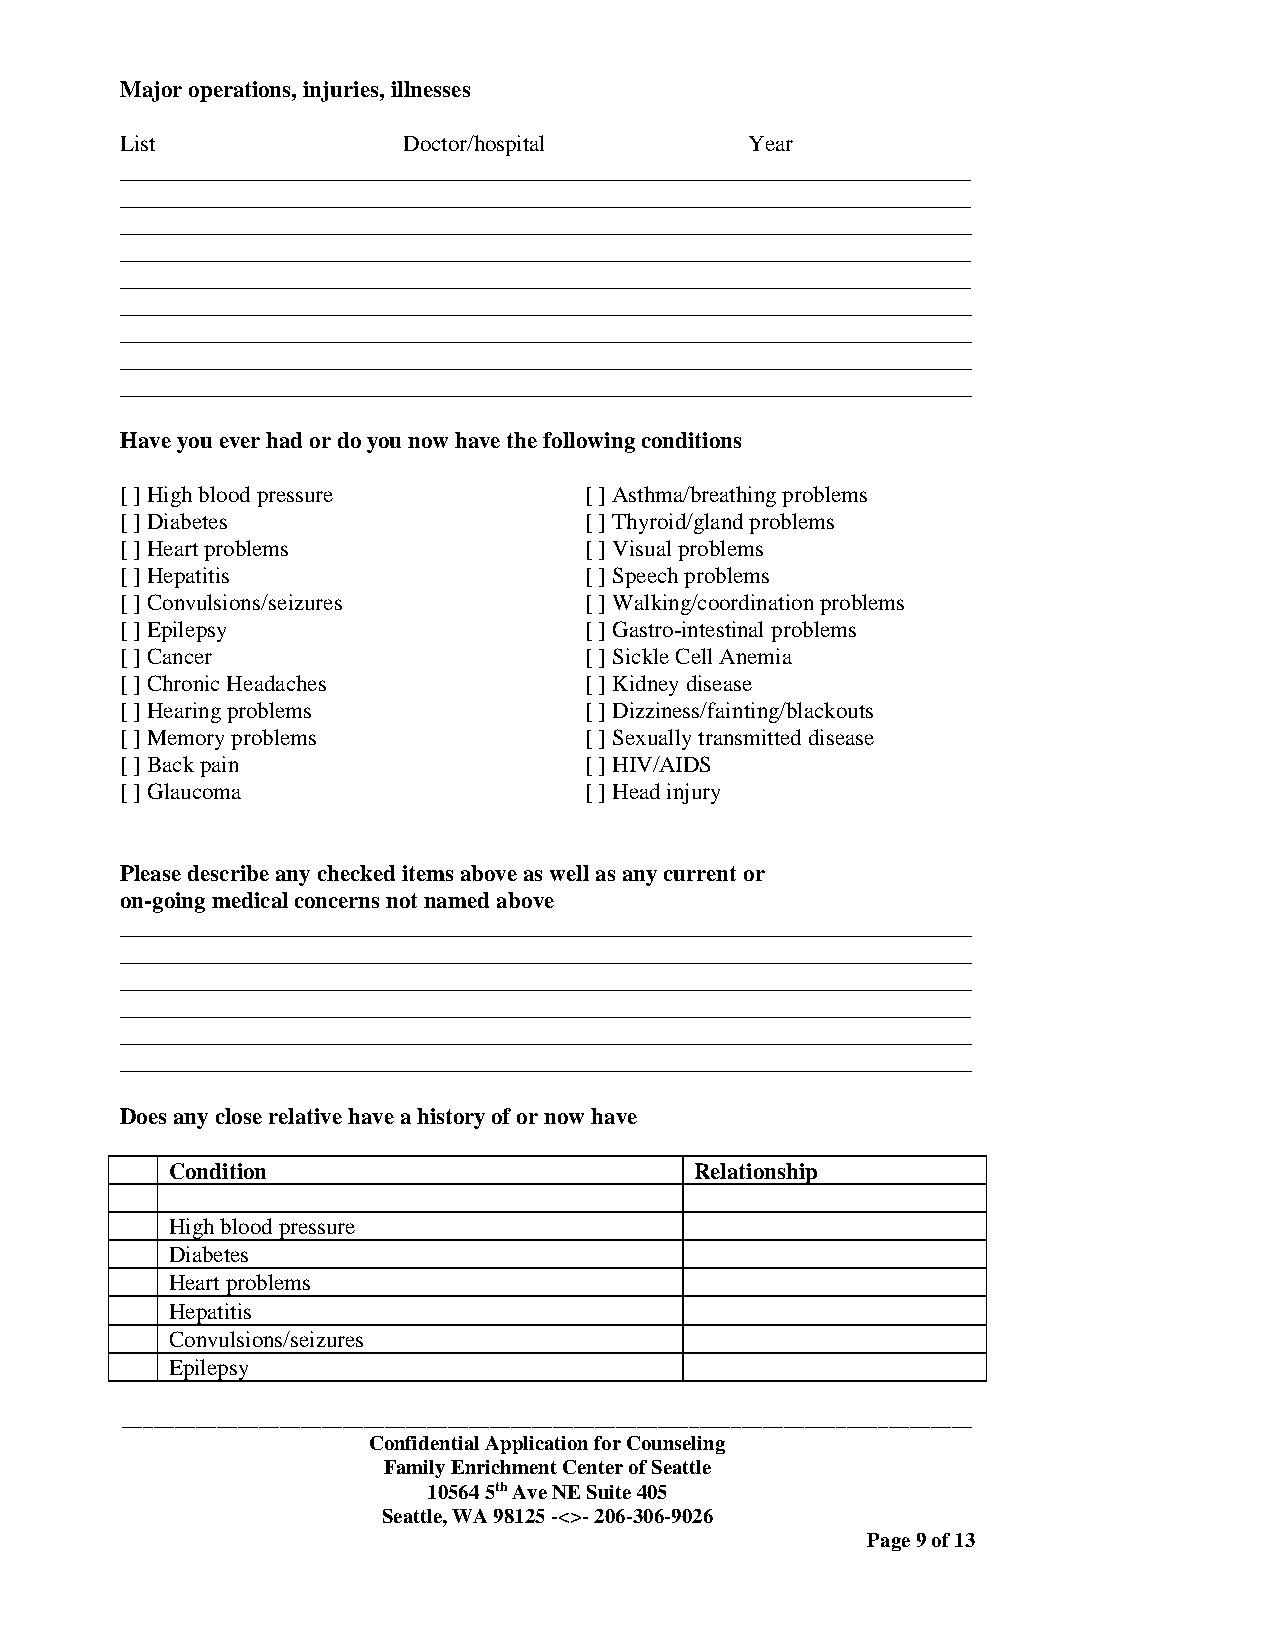
Major operations, injuries, illnesses
 List               Doctor/hospital        Year
 __________________________________________________________________________
 __________________________________________________________________________
 __________________________________________________________________________
 __________________________________________________________________________
 __________________________________________________________________________
 __________________________________________________________________________
 __________________________________________________________________________
 __________________________________________________________________________
 __________________________________________________________________________
 Have you ever had or do you now have the following conditions
 [ ] High blood pressure        [ ] Asthma/breathing problems
 [ ] Diabetes                   [ ] Thyroid/gland problems
 [ ] Heart problems             [ ] Visual problems
 [ ] Hepatitis                  [ ] Speech problems
 [ ] Convulsions/seizures       [ ] Walking/coordination problems
 [ ] Epilepsy                   [ ] Gastro-intestinal problems
 [ ] Cancer                     [ ] Sickle Cell Anemia
 [ ] Chronic Headaches          [ ] Kidney disease
 [ ] Hearing problems           [ ] Dizziness/fainting/blackouts
 [ ] Memory problems            [ ] Sexually transmitted disease
 [ ] Back pain                  [ ] HIV/AIDS
 [ ] Glaucoma                   [ ] Head injury
 Please describe any checked items above as well as any current or
 on-going medical concerns not named above
 __________________________________________________________________________
 __________________________________________________________________________
 __________________________________________________________________________
 __________________________________________________________________________
 __________________________________________________________________________
 __________________________________________________________________________
 Does any close relative have a history of or now have
 Condition                          Relationship
 High blood pressure
 Diabetes
 Heart problems
 Hepatitis
 Convulsions/seizures
 Epilepsy
 _________________________________________________________________________________
 Confidential Application for Counseling
 Family Enrichment Center of Seattle
 10564 5th Ave NE Suite 405
 Seattle, WA 98125 -<>- 206-306-9026
 Page 9 of 13